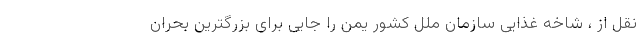
نقل از ، شاخه غذایی سازمان ملل کشور یمن را جایی برای بزرگترین بحران